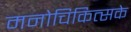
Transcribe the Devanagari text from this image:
मनोचिकित्सके